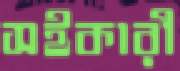
সইকারী